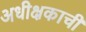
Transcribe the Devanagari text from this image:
अधीक्षकाची